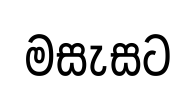
මසැසට